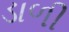
ડાળી